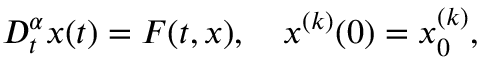
D _ { t } ^ { \alpha } x ( t ) = F ( t , x ) , \quad x _ { } ^ { ( k ) } ( 0 ) = x _ { 0 } ^ { ( k ) } ,